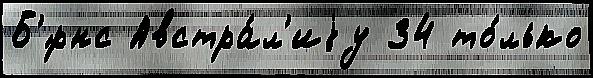
Б'́рнс Австра́л'иjу 34 то́лько